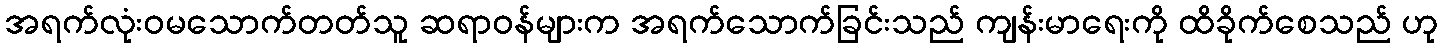
အရက်လုံးဝမသောက်တတ်သူ ဆရာဝန်များက အရက်သောက်ခြင်းသည် ကျန်းမာရေးကို ထိခိုက်စေသည် ဟု